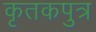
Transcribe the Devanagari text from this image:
कृतकपुत्र